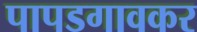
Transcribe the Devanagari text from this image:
पापडगावकर